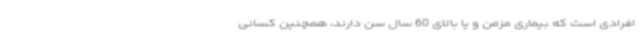
افرادی است که بیماری مزمن و یا بالای 60 سال سن دارند، همچنین کسانی